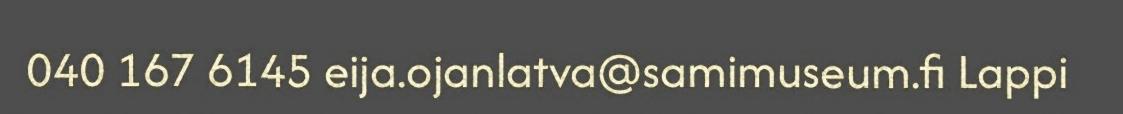
040 167 6145 eija.ojanlatva@samimuseum.fi Lappi